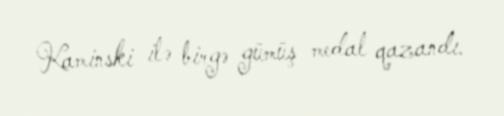
Kaminski ilə birgə gümüş medal qazandı.